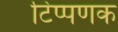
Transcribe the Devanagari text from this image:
टिप्पणक